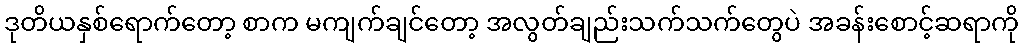
ဒုတိယနှစ်ရောက်တော့ စာက မကျက်ချင်တော့ အလွတ်ချည်းသက်သက်တွေပဲ အခန်းစောင့်ဆရာကို